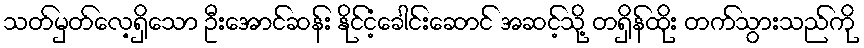
သတ်မှတ်လေ့ရှိသော ဦးအောင်ဆန်း နိုင်ငံ့ခေါင်းဆောင် အဆင့်သို့ တရှိန်ထိုး တက်သွားသည်ကို